Lunatic asylums Bombay report 1891-1903 - 1891-1903
Year: 1891
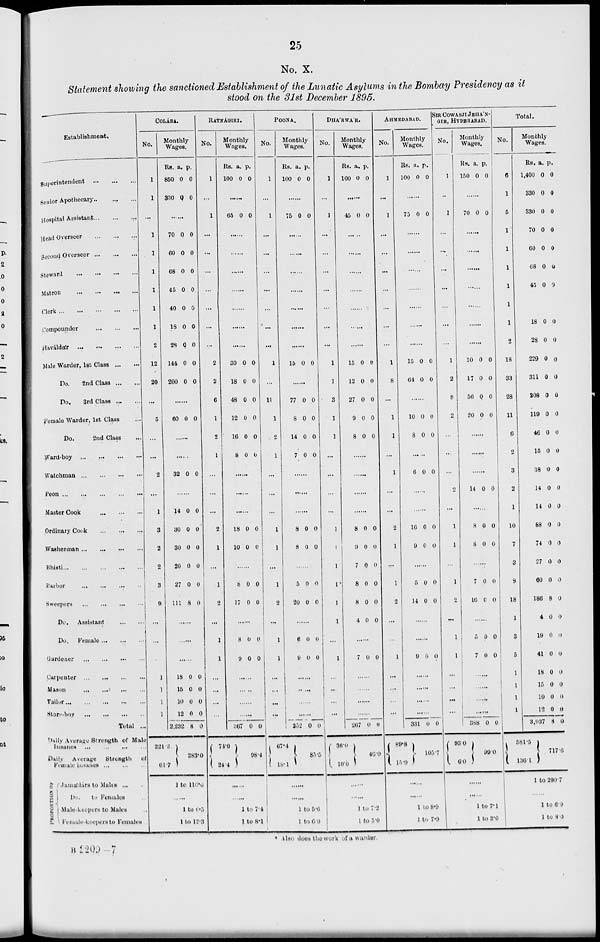
25
No. X.
Statement showing the sanctioned Establishment of the Lunatic Asylums in the Bombay Presidency as it
stood on the 31st December 1895.
Establishment.
Superintendent
...
...
...
Senior Apothecary
...
...
...
Hospital Assistant
...
...
...
Head Overseer
...
...
...
Second Overseer
...
...
...
Steward
...
...
...
...
Matron
...
...
...
...
Clerk
...
...
...
...
...
Compounder ... ... ...
Haváldár
...
...
...
...
Male Warder, 1st Class
...
...
Do.
2nd Class ... ...
Do.
3rd Class ... ...
Female Warder, 1st Class ...
Do.
2nd Class ...
Ward-boy
...
...
...
...
Watchman
...
...
...
...
Peon
...
...
...
...
...
Master Cook ... ... ...
Ordinary Cook ... ... ...
Washerman ... ... ... ... ...
Bhisti
...
...
...
...
...
...
Barber ... ... ... ...
Sweepers ... ... ... ...
Do.
Assistant
...
...
Do.
Female ... ... ...
Gardener ... ... ... ...
Carpenter ... ... ... ...
Mason ... ... ... ...
Tailor
...
...
...
...
...
Store-boy ... ... ... ...
Total ...
Daily Average Strength of Male
Insanes ... ... ... ...
Daily
Average
Strength
of
Female Insanes ... ... ...
PROPORTION OF
Jamádárs
to Males ...
Do. to Females
Male-keepers to Males
Female- keepers to Females
COLÁBA.
No.
1
1
...
1
1
1
1
1
1
2
12
20
...
5
...
...
2
...
1
3
2
2
3
9
...
...
...
1
1
1
1
Monthly
Wages.
Rs.
850
330
a.
0
0
p.
0
0
......
70
60
68
45
40
18
28
144
200
0
0
0
0
0
0
0
0
0
0
0
0
0
0
0
0
0
0
......
60 0 0
......
.....
32 0 0
......
14
30
30
20
27
111
0
0
0
0
0
8
0
0
0
0
0
0
......
......
......
18
15
10
12
2,232
221.3
61.7
0
0
0
0
8
0
0
0
0
0
283.0
1 to 110.6
1 to 6.5
1 to 12.3
RATNÁGIRI.
No.
1
...
1
...
...
...
...
...
...
...
2
2
6
1
2
1
...
...
...
2
1
...
1
2
...
1
1
...
...
...
...
Monthly
Wages.
Rs.
100
a.
0
p.
0
......
65 0 0
......
......
......
......
......
......
30
18
48
12
16
8
0
0
0
0
0
0
0
0
0
0
0
0
......
......
......
18
10
0
0
0
0
......
8
17
0
0
0
0
......
8
9
0
0
0
0
......
......
......
......
367
74.0 24.4
0 0
98.4
......
......
1 to 7.4
1 to 8.1
POONA.
No.
1
...
1
...
...
...
...
...
...
...
1
...
11
1
2
1
...
...
...
1
1
...
1
2
...
1
1
...
...
...
...
Monthly
Wages.
Rs.
100
a.
0
p.
0
......
75 0 0
......
......
......
......
......
......
......
15 0 0
......
77
8
14
7
0
0
0
0
0
0
0
0
......
......
......
8
8
0
0
0
0
......
5
20
0
0
0
0
......
6
9
0
0
0
0
......
.....
......
......
352
67.4
18.1
0 0
85.5
......
......
1 to 5.6
1 to 6.0
DHA'RWA'R.
No.
1
...
1
...
...
...
...
...
...
...
1
1
3
1
1
...
...
...
...
1
1
1
1
1
1
...
1
...
...
...
...
...
Monthly
Wages.
Rs.
100
a.
0
p.
0
......
45 0 0
......
......
......
......
......
......
......
15
12
27
9
8
0
0
0
0
0
0
0
0
0
0
......
......
......
......
8
9
7
8
8
4
0
0
0
0
0
0
0
0
0
0
0
0
......
7
0
0
......
......
......
......
267
36.0
10.0
0 0
46.0
...
......
1 to 7.2
1
to 5.0
AHEMDABAD.
No.
1
...
1
...
...
...
...
...
...
...
1
8
...
1
1
...
1
...
...
2
1
...
1
2
...
...
1
...
...
...
...
Monthly
Wages.
Rs.
100
a.
0
p.
0
......
75 0 0
......
......
......
......
......
......
......
15
64
0
0
0
0
......
10
8
0
0
0
0
......
6 0 0
......
......
16
9
0
0
0
0
......
5
14
0
0
0
0
......
......
9 0 0
......
......
......
......
331
89.8
15.9
0 0
105.7
1 to 8.9
1 to 7.9
SIR COWASJI JEHA'N-
GIR, HYDERABAD.
No.
1
...
1
...
...
...
...
...
...
...
1
2
8
2
...
...
...
2
...
1
1
...
1
2
...
1
1
...
...
...
...
Monthly
Wages.
Rs.
150
a.
0
p.
0
......
70 0 0
......
......
......
......
......
......
......
10
17
56
20
0
0
0
0
0
0
0
0
......
......
......
14 0 0
......
8
8
0
0
0
0
......
7
16
0
0
0
0
......
5
7
0
0
0
0
......
......
......
......
388
93.0
6.0
0 0
99.0
1 to 7.1
1 to 3.0
Total.
No.
6
1
5
1
1
1
1
1
1
2
18
33
28
11
6
2
3
2
1
10
7
3
8
18
1
3
5
1
1
1
1
Monthly
Wages.
Rs.
1,400
330
330
70
60
68
45
a.
0
0
0
0
0
0
0
p.
0
0
0
0
0
0
0
18
28
229
311
208
119
46
15
38
14
14
88
74
27
60
186
4
19
41
18
15
10
12
3,937
581.5
136.1
0
0
0
0
0
0
0
0
0
0
0
0
0
0
0
8
0
0
0
0
0
0
0
8
0
0
0
0
0
0
0
0
0
0
0
0
0
0
0
0
0
0
0
0
0
0
0
0
717.6
1 to 2907
1
to 6.9
1 to 8.0
* Also does the work of a warder.
B 2200—7